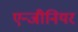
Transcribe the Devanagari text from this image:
एन्जीनियर